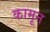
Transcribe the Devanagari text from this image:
कामून